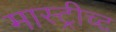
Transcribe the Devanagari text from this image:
मास्ट्रीच्ट